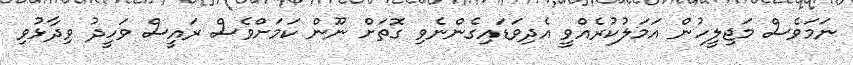
ނަމަވެސް މަޖިލީހުން އަމަލުކުރެއްވީ އެދިވަޑައިގެންނެވި ގޮތަށް ނޫން ކަމަށްވެސް ރައީސް ވަހީދު ވިދާޅުވި